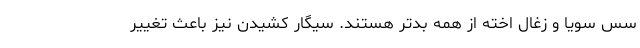
سس سویا و زغال اخته از همه بدتر هستند. سیگار کشیدن نیز باعث تغییر